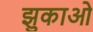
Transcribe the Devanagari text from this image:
झुकाओ